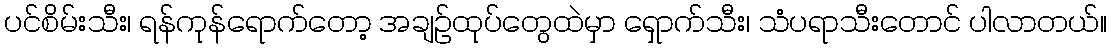
ပင်စိမ်းသီး၊ ရန်ကုန်ရောက်တော့ အချဉ်ထုပ်တွေထဲမှာ ရှောက်သီး၊ သံပရာသီးတောင် ပါလာတယ်။